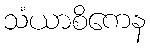
သံယာစိကေန